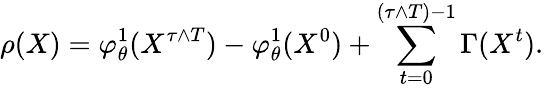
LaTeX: \rho(X)=\varphi_{\theta}^{1}(X^{\tau\wedge T})-\varphi_{\theta}^{1}(X^{0})+\sum_{t=0}^{(\tau\wedge T)-1}\Gamma(X^{t}).